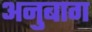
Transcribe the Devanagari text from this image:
अनुबाग